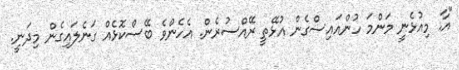
"އާ. މިއުޅެނީ މަންމަ ހުންއައިސްގެން އުޅޭތީ ރޭއްސުރެން. އެހެންވެ ބޭސްކޮޅެއް ގަނެލައިގެން މިދަނީ.